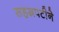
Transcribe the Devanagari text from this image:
सहस्रपटीने